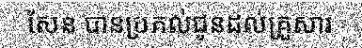
សែន បានប្រគល់ជូនដល់គ្រួសារ